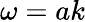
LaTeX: \omega=ak